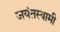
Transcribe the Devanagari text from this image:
जयंतस्वामी